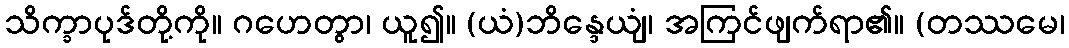
သိက္ခာပုဒ်တို့ကို။ ဂဟေတွာ၊ ယူ၍။ (ယံ)ဘိန္ဒေယျံ၊ အကြင်ဖျက်ရာ၏။ (တဿမေ၊